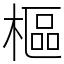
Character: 樞